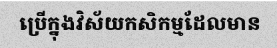
ប្រើក្នុងវិស័យកសិកម្មដែលមាន